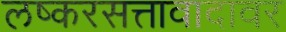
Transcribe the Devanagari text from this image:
लष्करसत्तावादावर